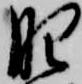
肥